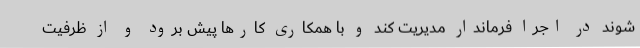
شوند در اجرا فرماندار مدیریت کند و با همکاری کارها پیش برود و از ظرفیت